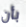
بأن